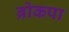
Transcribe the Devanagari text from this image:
ब्रोकपा